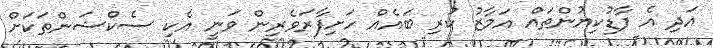
އަދި އެ ފާޑުކިޔުންތައް އަމާޒު ކުރި ބައެއް ހަށިފާރަވެރިން ވަނީ އެކި ސެކްޝަންތަކަށް